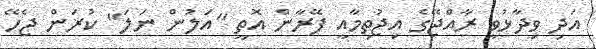
އަދި ވިދާޅުވީ ރާއްޖޭގެ އިޖުތިމާއީ ފޭރާން އޮތީ "އަލުން ނަލަ" ކުރަން ޖެހޭ